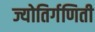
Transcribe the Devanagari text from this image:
ज्योतिर्गणिती